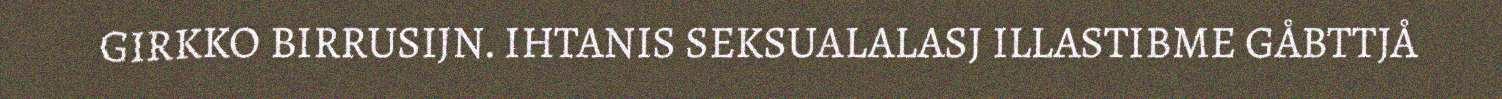
GIRKKO BIRRUSIJN. IHTANIS SEKSUALALASJ ILLASTIBME GÅBTTJÅ